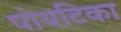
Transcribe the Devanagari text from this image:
पोयटिका